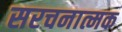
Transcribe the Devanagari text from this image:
सरचनात्मक